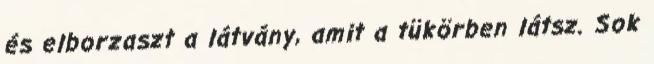
és elborzaszt a látvány, amit a tükörben látsz. Sok